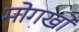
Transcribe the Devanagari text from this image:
मोगखों